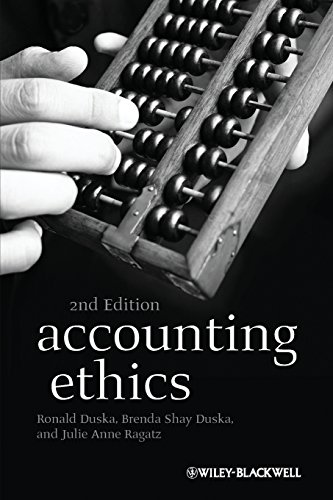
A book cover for Accounting Ethics; Ronald Duska; Business & Money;